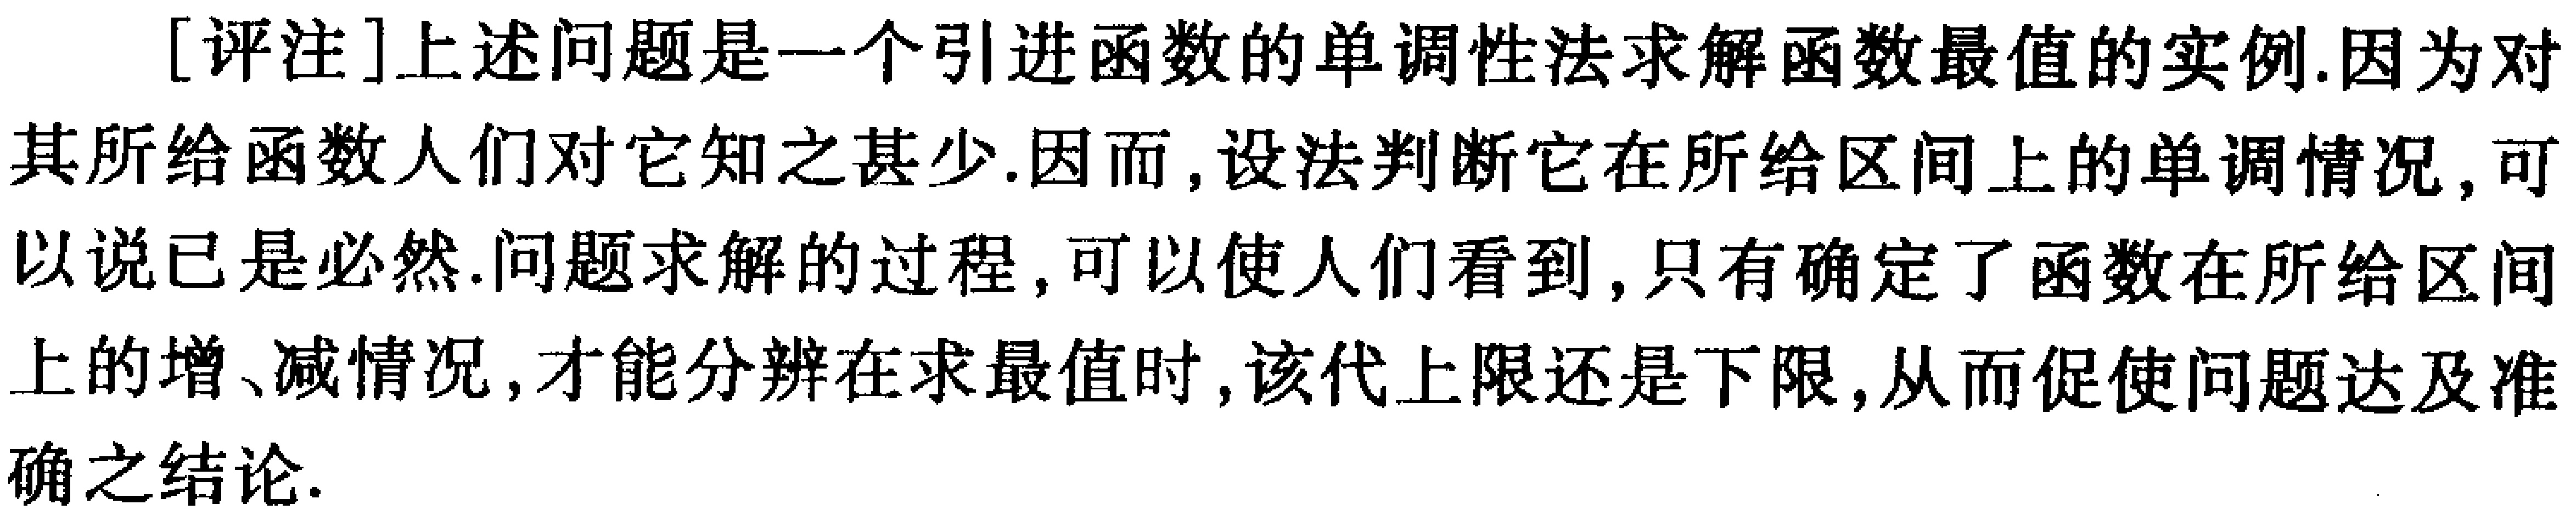
[评注]上述问题是一个引进函数的单调性法求解函数最值的实例.因为对其所给函数人们对它知之甚少.因而,设法判断它在所给区间上的单调情况,可以说已是必然.问题求解的过程,可以使人们看到,只有确定了函数在所给区间上的增、减情况,才能分辨在求最值时,该代上限还是下限,从而促使问题达及准确之结论.